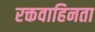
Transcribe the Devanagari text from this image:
रक्तवाहिनता